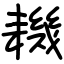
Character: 耭